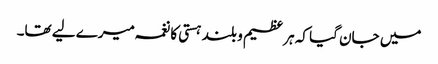
میں جان گیا کہ ہر عظیم و بلند ہستی کا نغمہ میرے لیے تھا۔